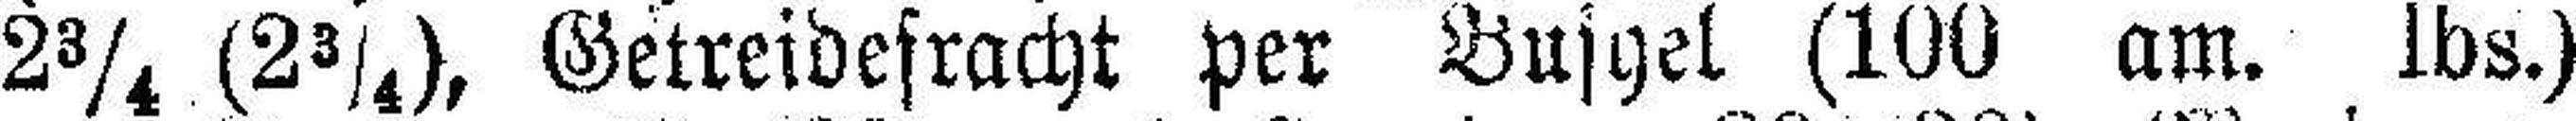
2¾ (2¾), Getreidefracht per Buchet (100 am. lbs.)